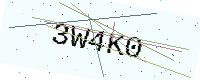
Text: 3W4K0